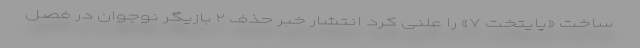
ساخت «پایتخت ۷» را علنی کرد انتشار خبر حذف ۲ بازیگر نوجوان در فصل